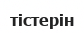
тістерін